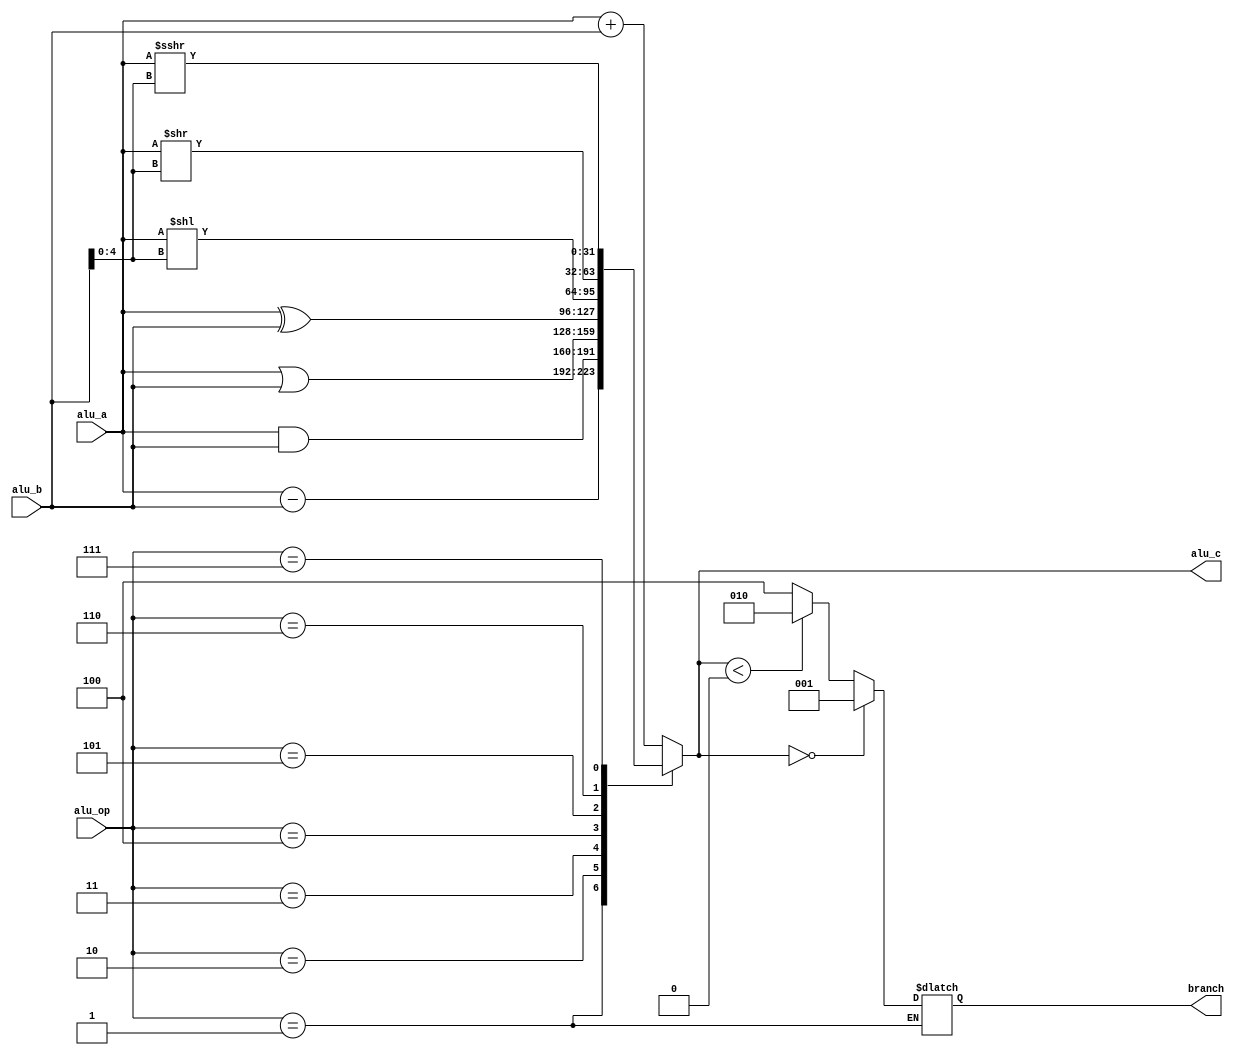
module ALU(
    input      [31:0] alu_a,
    input      [31:0] alu_b,
    input      [2:0]  alu_op,
    output reg [31:0] alu_c,
    output reg [2:0]  branch
);

parameter ADD = 3'b000, 
          SUB = 3'b001, 
          AND = 3'b010, 
          OR  = 3'b011, 
          XOR = 3'b100, 
          SLL = 3'b101, 
          SRL = 3'b110, 
          SRA = 3'b111;

reg [31:0] alu_b_current;
          
always @(*) begin
    // ALU calculate
    case(alu_op)
        ADD: alu_c = $signed(alu_a) + $signed(alu_b);
        SUB: alu_c = $signed(alu_a) - $signed(alu_b);
        AND: alu_c = alu_a & alu_b;
        OR : alu_c = alu_a | alu_b;
        XOR: alu_c = alu_a ^ alu_b;
        SLL: begin
            if ($signed(alu_b) < 0) begin
                alu_b_current = alu_b;
//                while ($signed(alu_b_current) < 0) begin
//                    alu_b_current = $signed(alu_b_current) + 32;
//                end
                alu_b_current = {{27{1'b0}}, alu_b_current[4:0]};
            end
            else begin
                alu_b_current = {{27{1'b0}}, alu_b[4:0]};
            end
            alu_c = $signed(alu_a) << alu_b_current;
        end
        SRL: begin
            if ($signed(alu_b) < 0) begin
                alu_b_current = alu_b;
//                while ($signed(alu_b_current) < 0) begin
//                    alu_b_current = $signed(alu_b_current) + 32;
//                end
                alu_b_current = {{27{1'b0}}, alu_b_current[4:0]};
            end
            else begin
                alu_b_current = {{27{1'b0}}, alu_b[4:0]};
            end
            alu_c = $signed(alu_a) >> alu_b_current;
        end
        SRA: begin
            if ($signed(alu_b) < 0) begin
                alu_b_current = alu_b;
//                while ($signed(alu_b_current) < 0) begin
//                    alu_b_current = $signed(alu_b_current) + 32;
//                end
                alu_b_current = {{27{1'b0}}, alu_b_current[4:0]};
            end
            else begin
                alu_b_current = {{27{1'b0}}, alu_b[4:0]};
            end
            alu_c = $signed(alu_a) >>> alu_b_current;
        end
        default: alu_c = 32'b0;
    endcase
    
    // branch result
    if (alu_op == SUB) begin
        // alu_a = alu_b
        if (alu_c == 0) begin
            branch = 3'b001;
        end
        // alu_a < alu_b
        else if ($signed(alu_c) < 0) begin
            branch = 3'b010;
        end
        // alu_a > alu_b
        else begin
            branch = 3'b100;
        end
    end
end
endmodule